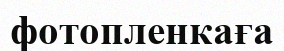
фотопленкаға